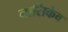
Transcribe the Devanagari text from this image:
नासिकेव